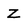
Character: z